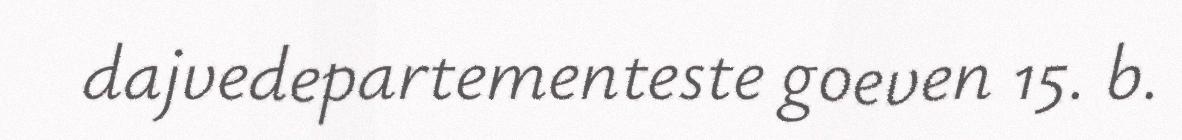
dajvedepartementeste goeven 15. b.